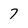
Character: 7